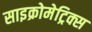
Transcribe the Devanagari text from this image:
साइक्रोमेट्रिक्स